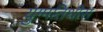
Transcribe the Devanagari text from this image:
युग्मतिथीस